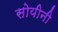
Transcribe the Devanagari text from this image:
सोयीनी